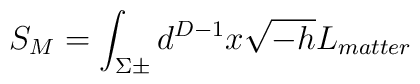
S_{M}=\int_{\Sigma\pm} d^{D-1}x \sqrt{-h}L_{matter}